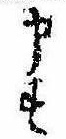
申す